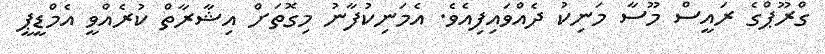
ގްރޫޕްގެ ރައީސް މޫސާ މަނިކު ދެއްވައިފިއެވެ. އެމަނިކުފާނު މިގޮތަށް އިޝާރާތް ކުރެއްވީ އެމްޑީޕީ